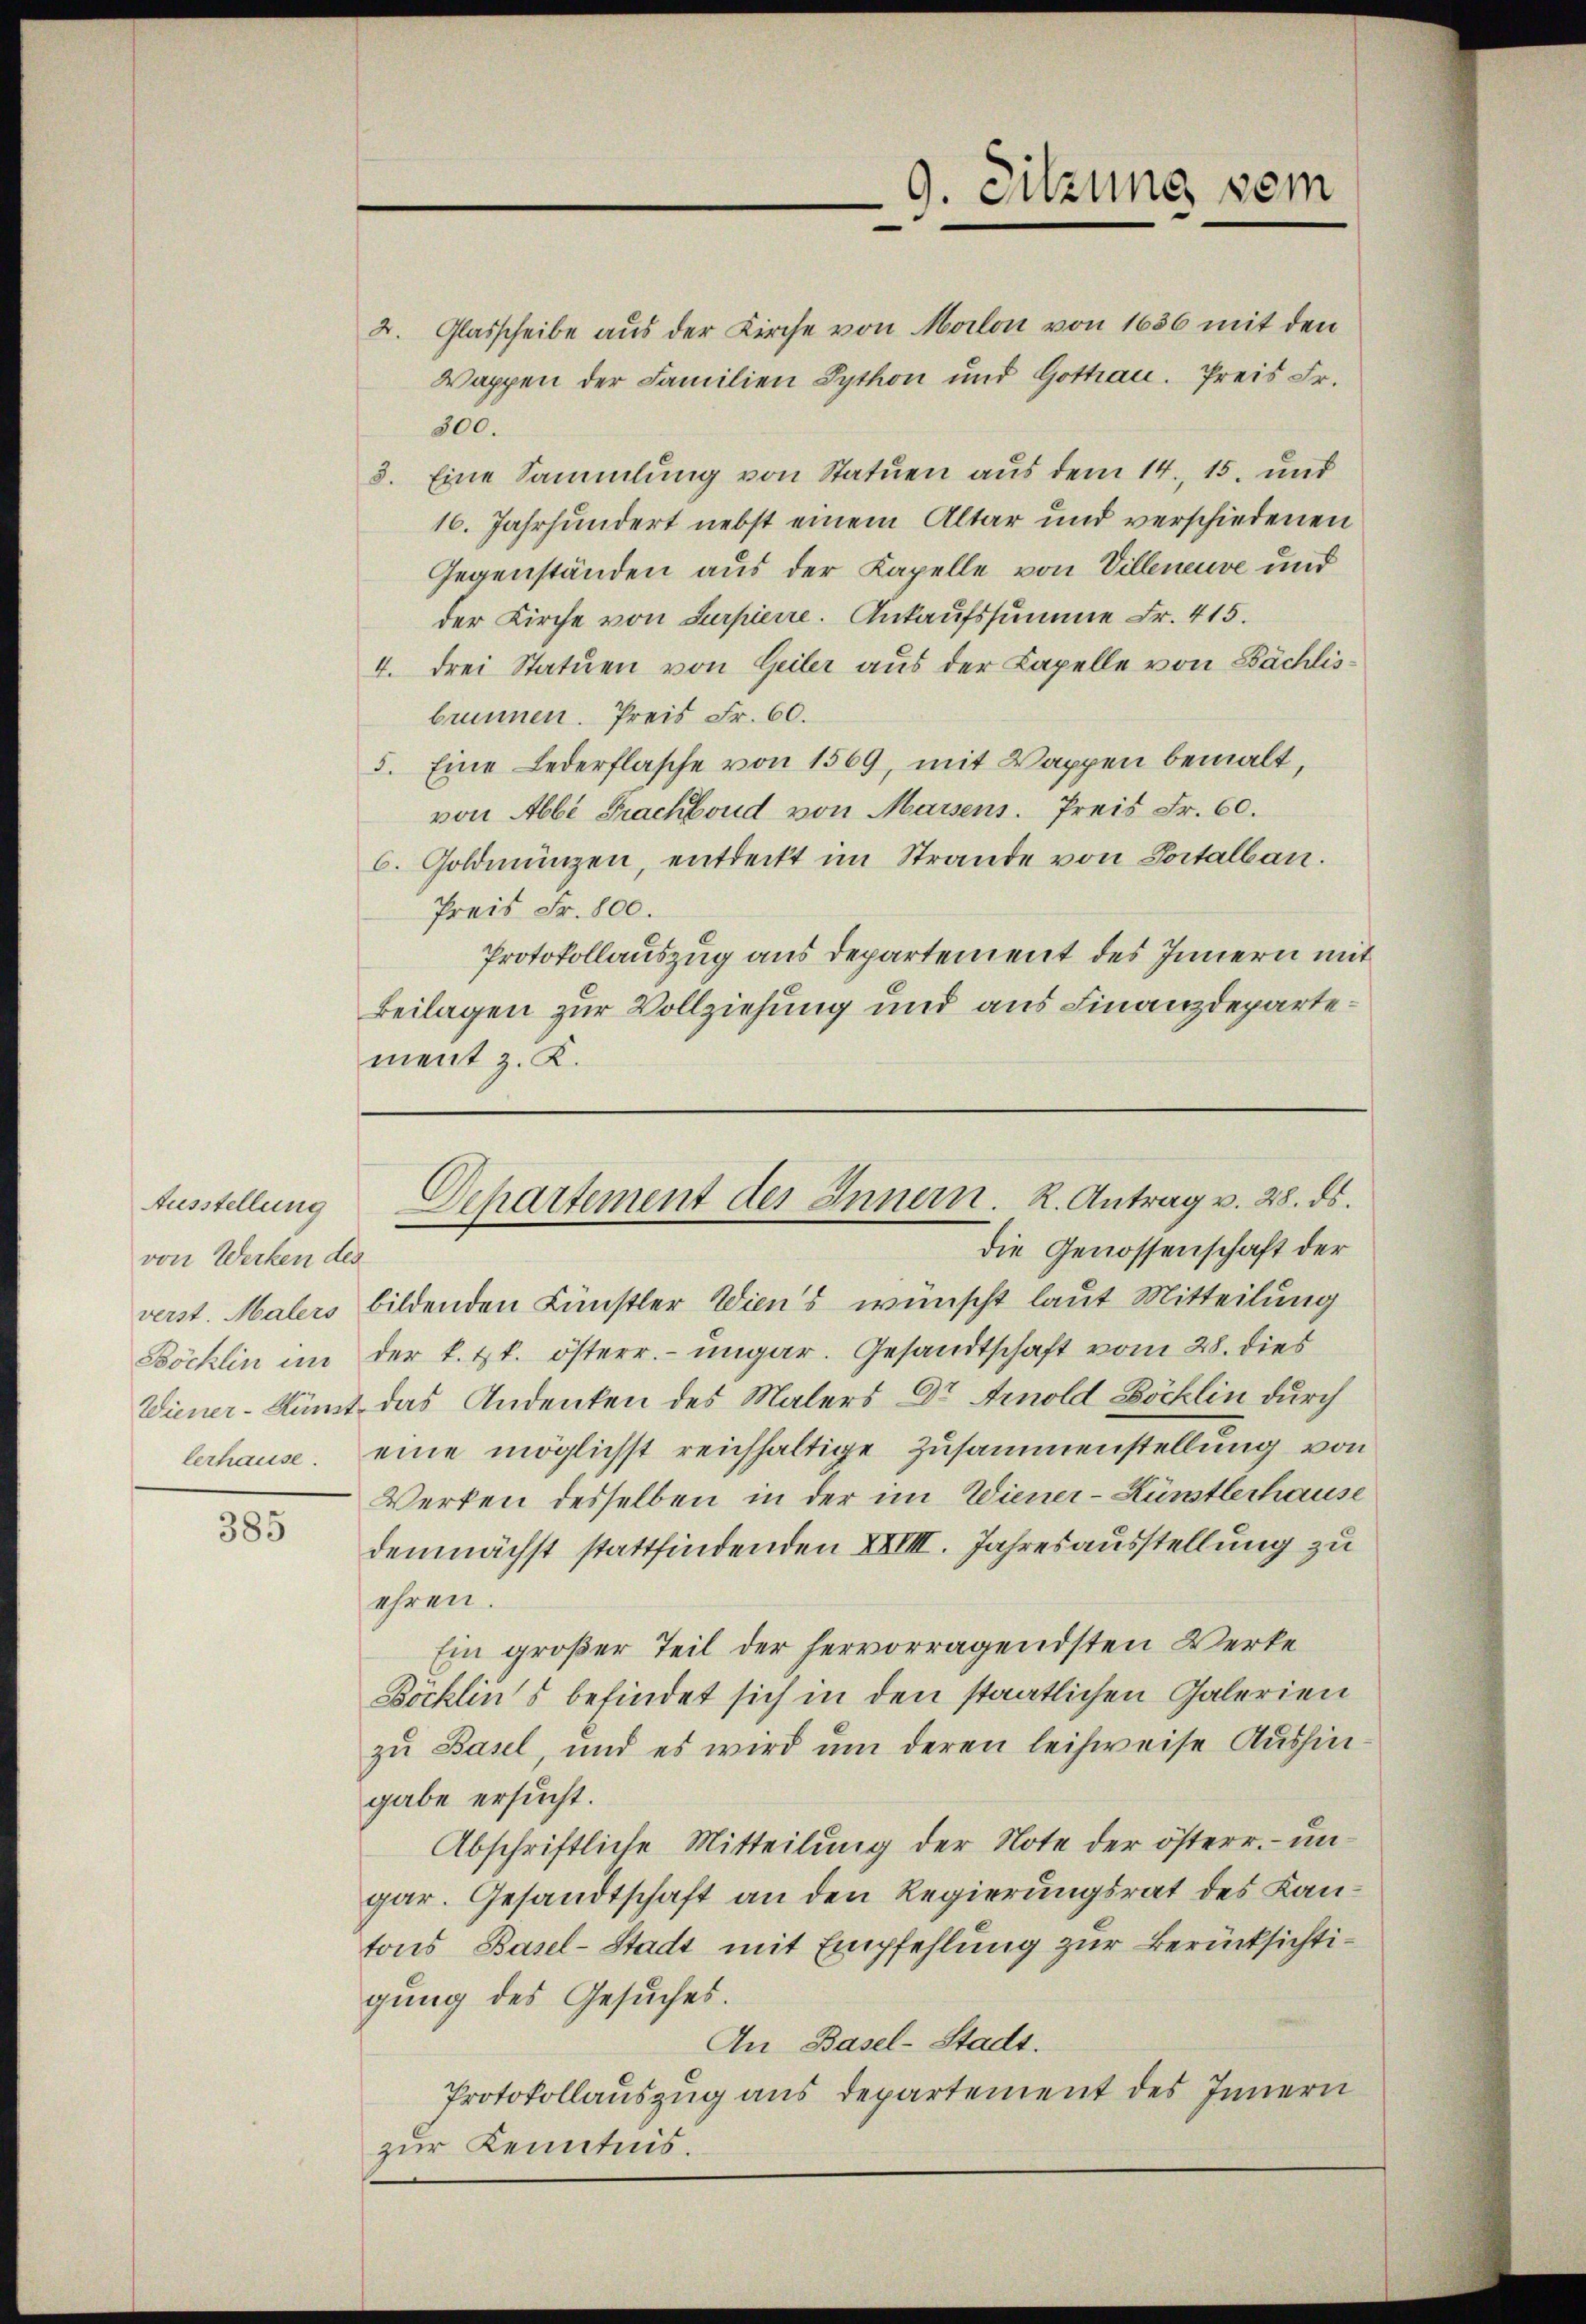
Ausstellung
von Werken des
lerhause.

385

die Genossenschaft der
verst. Malers bildenden Künstler Wien's wünscht laut Mitteilung
Böchlin im der k. k. österr. ungar. Gesandtschaft vom 28. dies
Wiener-Amt das Andenken des Malers Dr Arnold Böcklin durch
eine möglichst reichhaltige Zusammenstellung von
Werken desselben in der im Wiener- Künstlerhause
demnächst stattfindenden XXVIII. Jahresausstellung zu
ehren.
Ein großer Teil der hervorragendsten Werke¬
Böcklins befindet sich in den staatlichen Galerien
zu Basel, und es wird um deren leihweise Aushingabe ersucht.
Abschriftliche Mitteilung der Note der österr. – ungar. Gesandtschaft an den Regierungsrat des Kantons Basel-Stadt mit Empfehlung zur Berücksichtigung des Gesuches.
An Basel-Stadt.
Protokollauszug aus Departement des Innern
zur Kenntnis.

9. Sitzung vom
.
d

Departement des Innern. R. Antrag v. 28. ds.

Glasscheibe aus der Kirche von Morlon von 1636 mit den
2.
Wappen der Familien Sython und Gothan. Preis Fr.
300.
3. Eine Sammlung von Statuen aus dem 14., 15. und
16. Jahrhundert nebst einem Altar und verschiedenen
Gegenständen aus der Kapelle von Villeneuve und
der Kirche von Surpierre. Ankaufssumme Fr. 415.
4. drei Statuen von Geiler aus der Kapelle von Bächlisbrunnen. Preis Fr. 60.
5. Eine Lederflasche von 1569, mit Wappen bemalt,
von Abbe Prachboud von Marsens. Preis Fr. 60.
6. Goldmünzen, entdeckt im Strande von Portalbau.
Preis Fr. 800.
Protokollauszug aus Departement des Innern mit
Beilagen zur Vollziehung und aus Finanzdepartement z. K.